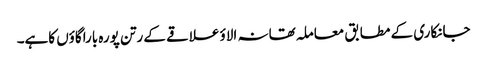
جانکاری کے مطابق معاملہ تھانہ الاؤ علاقے کے رتن پورہ باراگاؤں کاہے۔